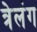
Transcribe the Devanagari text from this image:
त्रेलंग